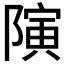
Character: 𱀯